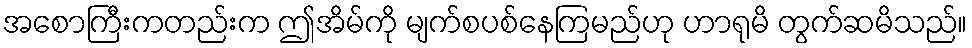
အစောကြီးကတည်းက ဤအိမ်ကို မျက်စပစ်နေကြမည်ဟု ဟာရုမိ တွက်ဆမိသည်။